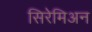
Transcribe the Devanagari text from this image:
सिरेमिअन